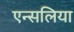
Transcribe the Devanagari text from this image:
एन्सलिया